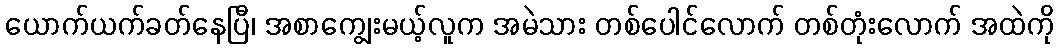
ယောက်ယက်ခတ်နေပြီ၊ အစာကျွေးမယ့်လူက အမဲသား တစ်ပေါင်လောက် တစ်တုံးလောက် အထဲကို